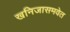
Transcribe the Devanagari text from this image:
खनिजासमवेत